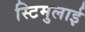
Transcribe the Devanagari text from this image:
स्टिमुलाई